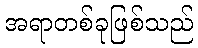
အရာတစ်ခုဖြစ်သည်